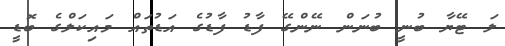
ލަ ޓޭޔާ ބުނީ ބުނަން ނޭންގޭ ފާޑު ފާޑުގެ އަޑުތައް މައިކަލްގެ ބޮޑީ